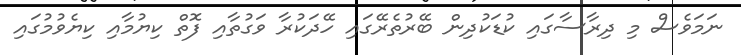
ނަމަވެސް މި ދިރާސާގައި ކުޑަކުދިން ބޭރުތެރޭގައި ހޭދަކުރާ ވަގުތާއި ފޮތް ކިޔުމާއި ކިޔެވުމުގައި